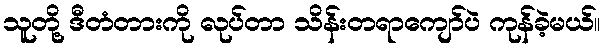
သူတို့ ဒီတံတားကို လုပ်တာ သိန်းတရာကျော်ပဲ ကုန်ခဲ့မယ်။